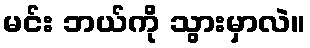
မင်း ဘယ်ကို သွားမှာလဲ။